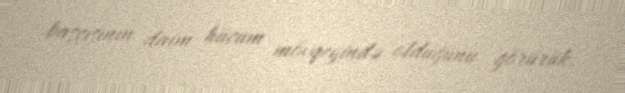
başçısının daim hücum mövqeyində olduğunu görürük.